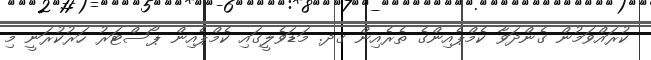
ކުރައްވަމުން ގެންދަވާ ކެމްޕެއިންގެ ތެރެއިން ގދ. މަޑަވެލީގައި ކެމްޕެއިން ޕޯސްޓަރު ހަރުކުރަނީ މި